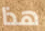
هذا